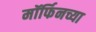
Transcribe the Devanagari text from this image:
मॉर्फिनच्या